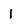
Character: 1